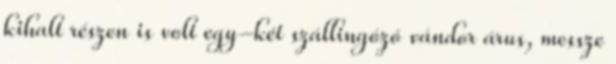
kihalt részen is volt egy-két szállingózó vándor árus, messze